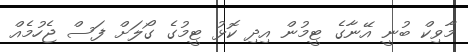
މާވިކް ބުނީ އޭނާގެ ޓީމުން އިދި ކޮޅު ޓީމުގެ ގޯލަށް ފަސް ޖެހުމެއް